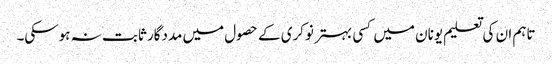
تاہم ان کی تعلیم یونان میں کسی بہتر نوکری کے حصول میں مددگار ثابت نہ ہوسکی۔